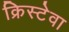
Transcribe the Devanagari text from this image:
क्रिस्टेवा